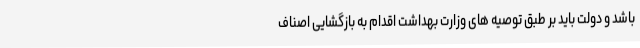
باشد و دولت باید بر طبق توصیه های وزارت بهداشت اقدام به بازگشایی اصناف